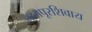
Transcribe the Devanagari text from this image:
नागपूरशिवाय